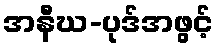
အနီဃ-ပုဒ်အဖွင့်